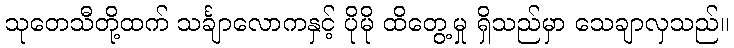
သုတေသီတို့ထက် သင်္ချာလောကနှင့် ပိုမို ထိတွေ့မှု ရှိသည်မှာ သေချာလှသည်။